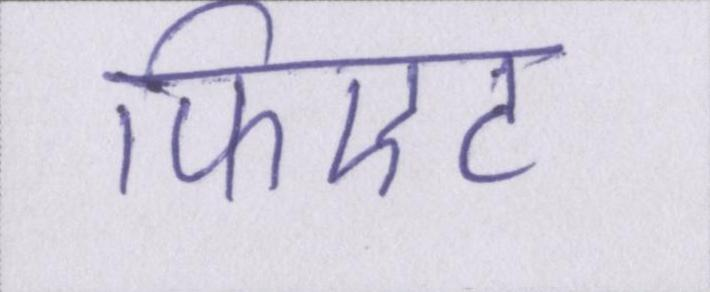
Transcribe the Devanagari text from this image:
फिएट